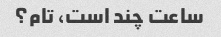
ساعت چند است، تام؟